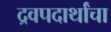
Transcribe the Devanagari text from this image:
द्रवपदार्थांचा